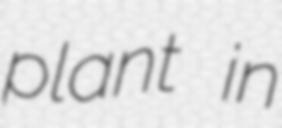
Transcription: plant in